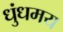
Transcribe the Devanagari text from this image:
धुंधमय